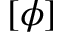
[ \phi ]